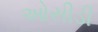
ઓસીડી